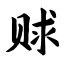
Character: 赇